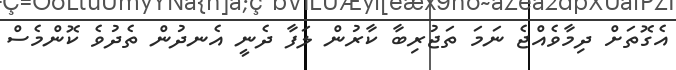
އެގޮތަށް ދިމާވެއްޖެ ނަމަ ތަޖުރިބާ ކާރުން ލަފާ ދެނީ އެނދުން ތެދުވެ ކޮންމެސް